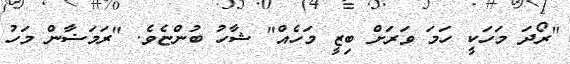
"ރޯދަ މަހަކީ ހަމަ ވަރަށް ބިޒީ މަހެއް" ޝާހު ބުންޏެވެ. "ރަމަޟާން މަހު